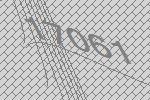
17061